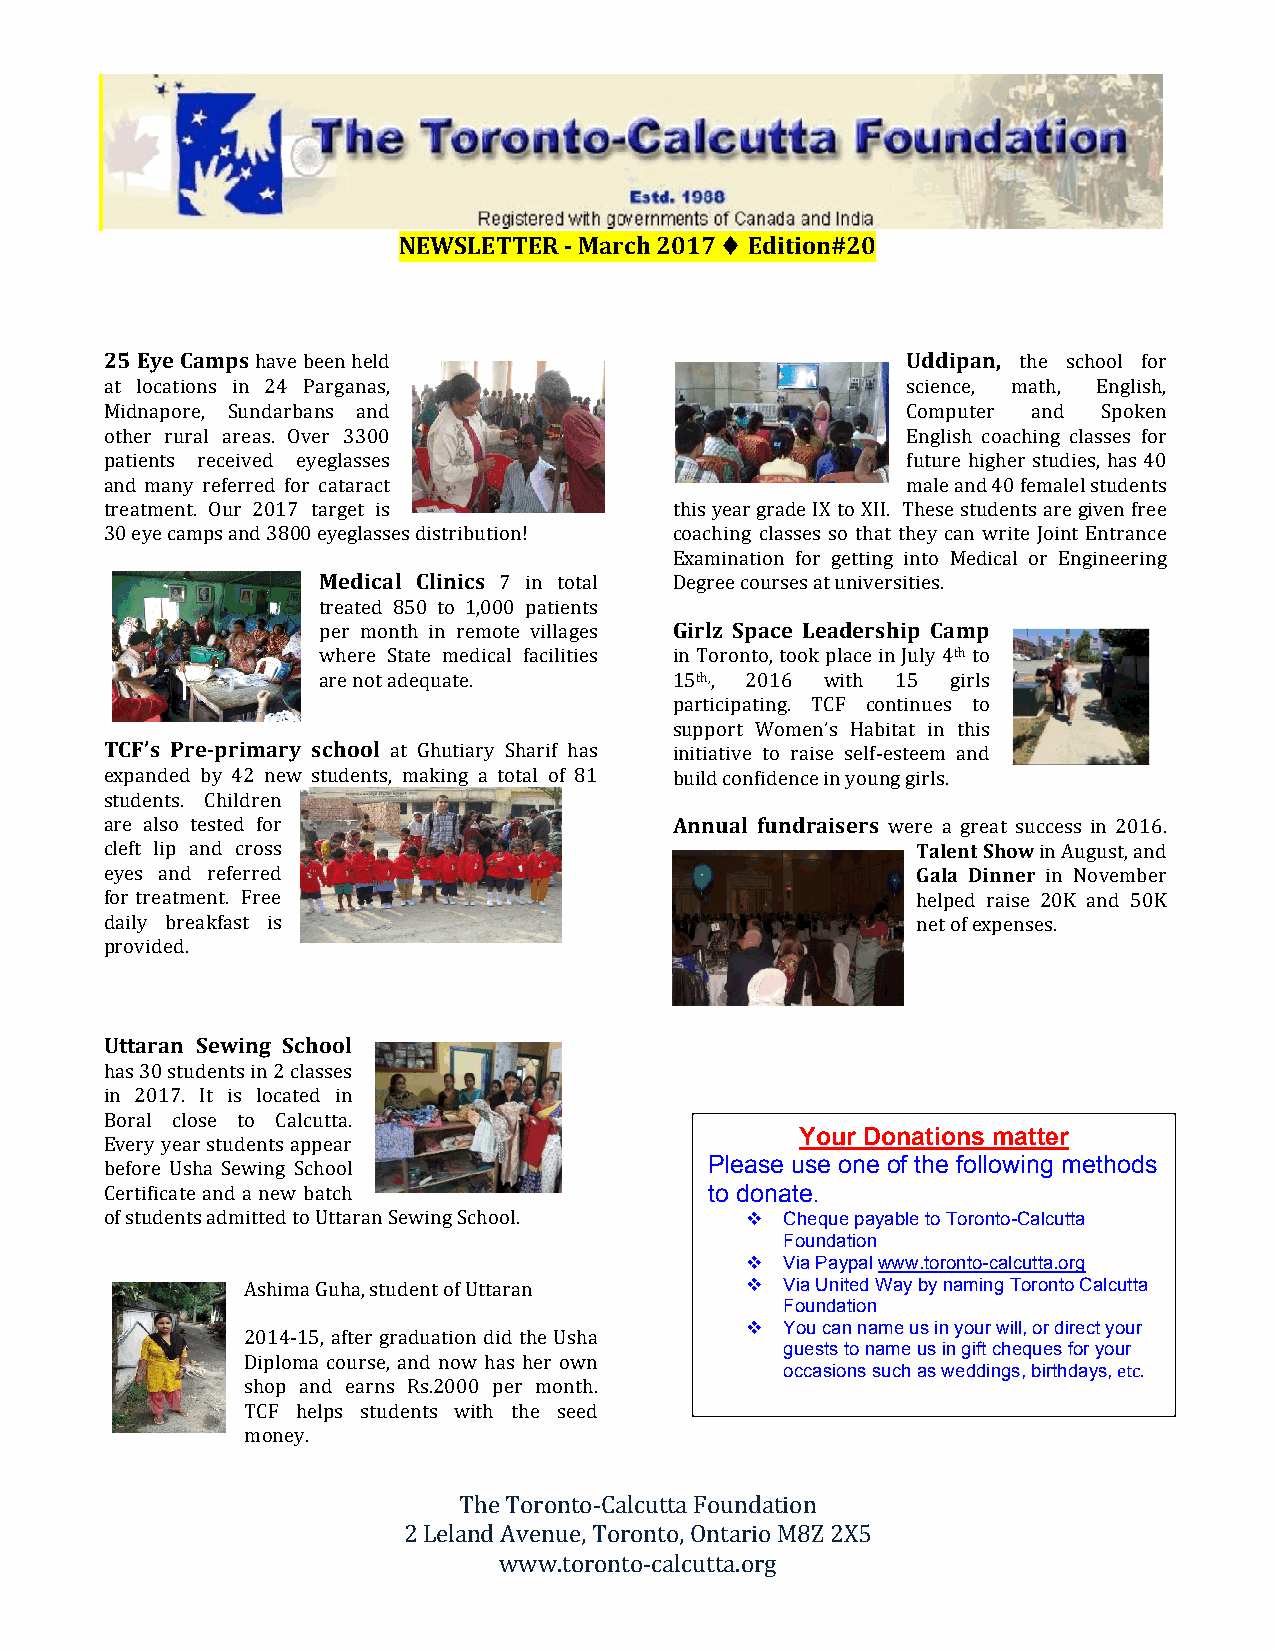
NEWSLETTER -­ March 2017 ♦ Edition#20
 25 Eye Camps have been held                          Uddipan, the school for
 at locations in 24 Parganas,                         science, math, English,
 Midnapore, Sundarbans and                            Computer and Spoken
 other rural areas. Over 3300                         English coaching classes for
 patients received eyeglasses                         future higher studies, has 40
 and many referred for cataract                       male and 40 femalel students
 treatment. Our 2017 target is         this year grade IX to XII. These students are given free
 30 eye camps and 3800 eyeglasses distribution! coaching classes so that they can write Joint Entrance
 Examination for getting into Medical or Engineering
 Medical Clinics 7 in total Degree courses at universities.
 treated 850 to 1,000 patients
 per month in remote villages Girlz Space Leadership Camp
 where State medical facilities in Toronto, took place in July 4th to
 are not adequate.       15th,, 2016 with 15 girls
 participating. TCF continues to
 support Women’s Habitat in this
 TCF’s Pre-­primary school at Ghutiary Sharif has initiative to raise self-­‐esteem and
 expanded by 42 new students, making a total of 81 build confidence in young girls.
 students. Children
 are also tested for                   Annual fundraisers were a great success in 2016.
 cleft lip and cross                                   Talent Show in August, and
 eyes and referred                                     Gala Dinner in November
 for treatment. Free                                   helped raise 20K and 50K
 daily breakfast is                                    net of expenses.
 provided.
 Uttaran Sewing School
 has 30 students in 2 classes
 in 2017. It is located in
 Boral close to Calcutta.
 Your Donations matter
 Every year students appear
 before Usha Sewing School               Please use one of the following methods
 Certificate and a new batch             to donate.
 of students admitted to Uttaran Sewing School.  Cheque payable to Toronto-Calcutta
 Foundation
   Via Paypal www.toronto-calcutta.org
 Ashima Guha, student of Uttaran    Via United Way by naming Toronto Calcutta
 Foundation
   You can name us in your will, or direct your
 2014-­‐15, after graduation did the Usha
 guests to name us in gift cheques for your
 Diploma course, and now has her own
 occasions such as weddings, birthdays, etc.
 shop and earns Rs.2000 per month.
 TCF helps students with the seed
 money.
 The Toronto-­‐Calcutta Foundation
 2 Leland Avenue, Toronto, Ontario M8Z 2X5
 www.toronto-­‐calcutta.org